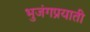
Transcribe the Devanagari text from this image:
भुजंगप्रयाती